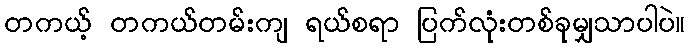
တကယ့် တကယ်တမ်းကျ ရယ်စရာ ပြက်လုံးတစ်ခုမျှသာပါပဲ။